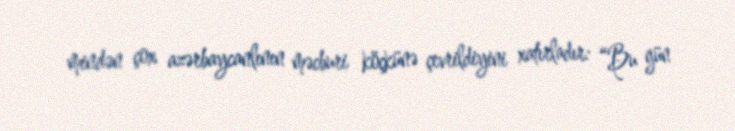
mindən çox azərbaycanlının məcburi köçkünə çevrildiyini xatırladır: “Bu gün